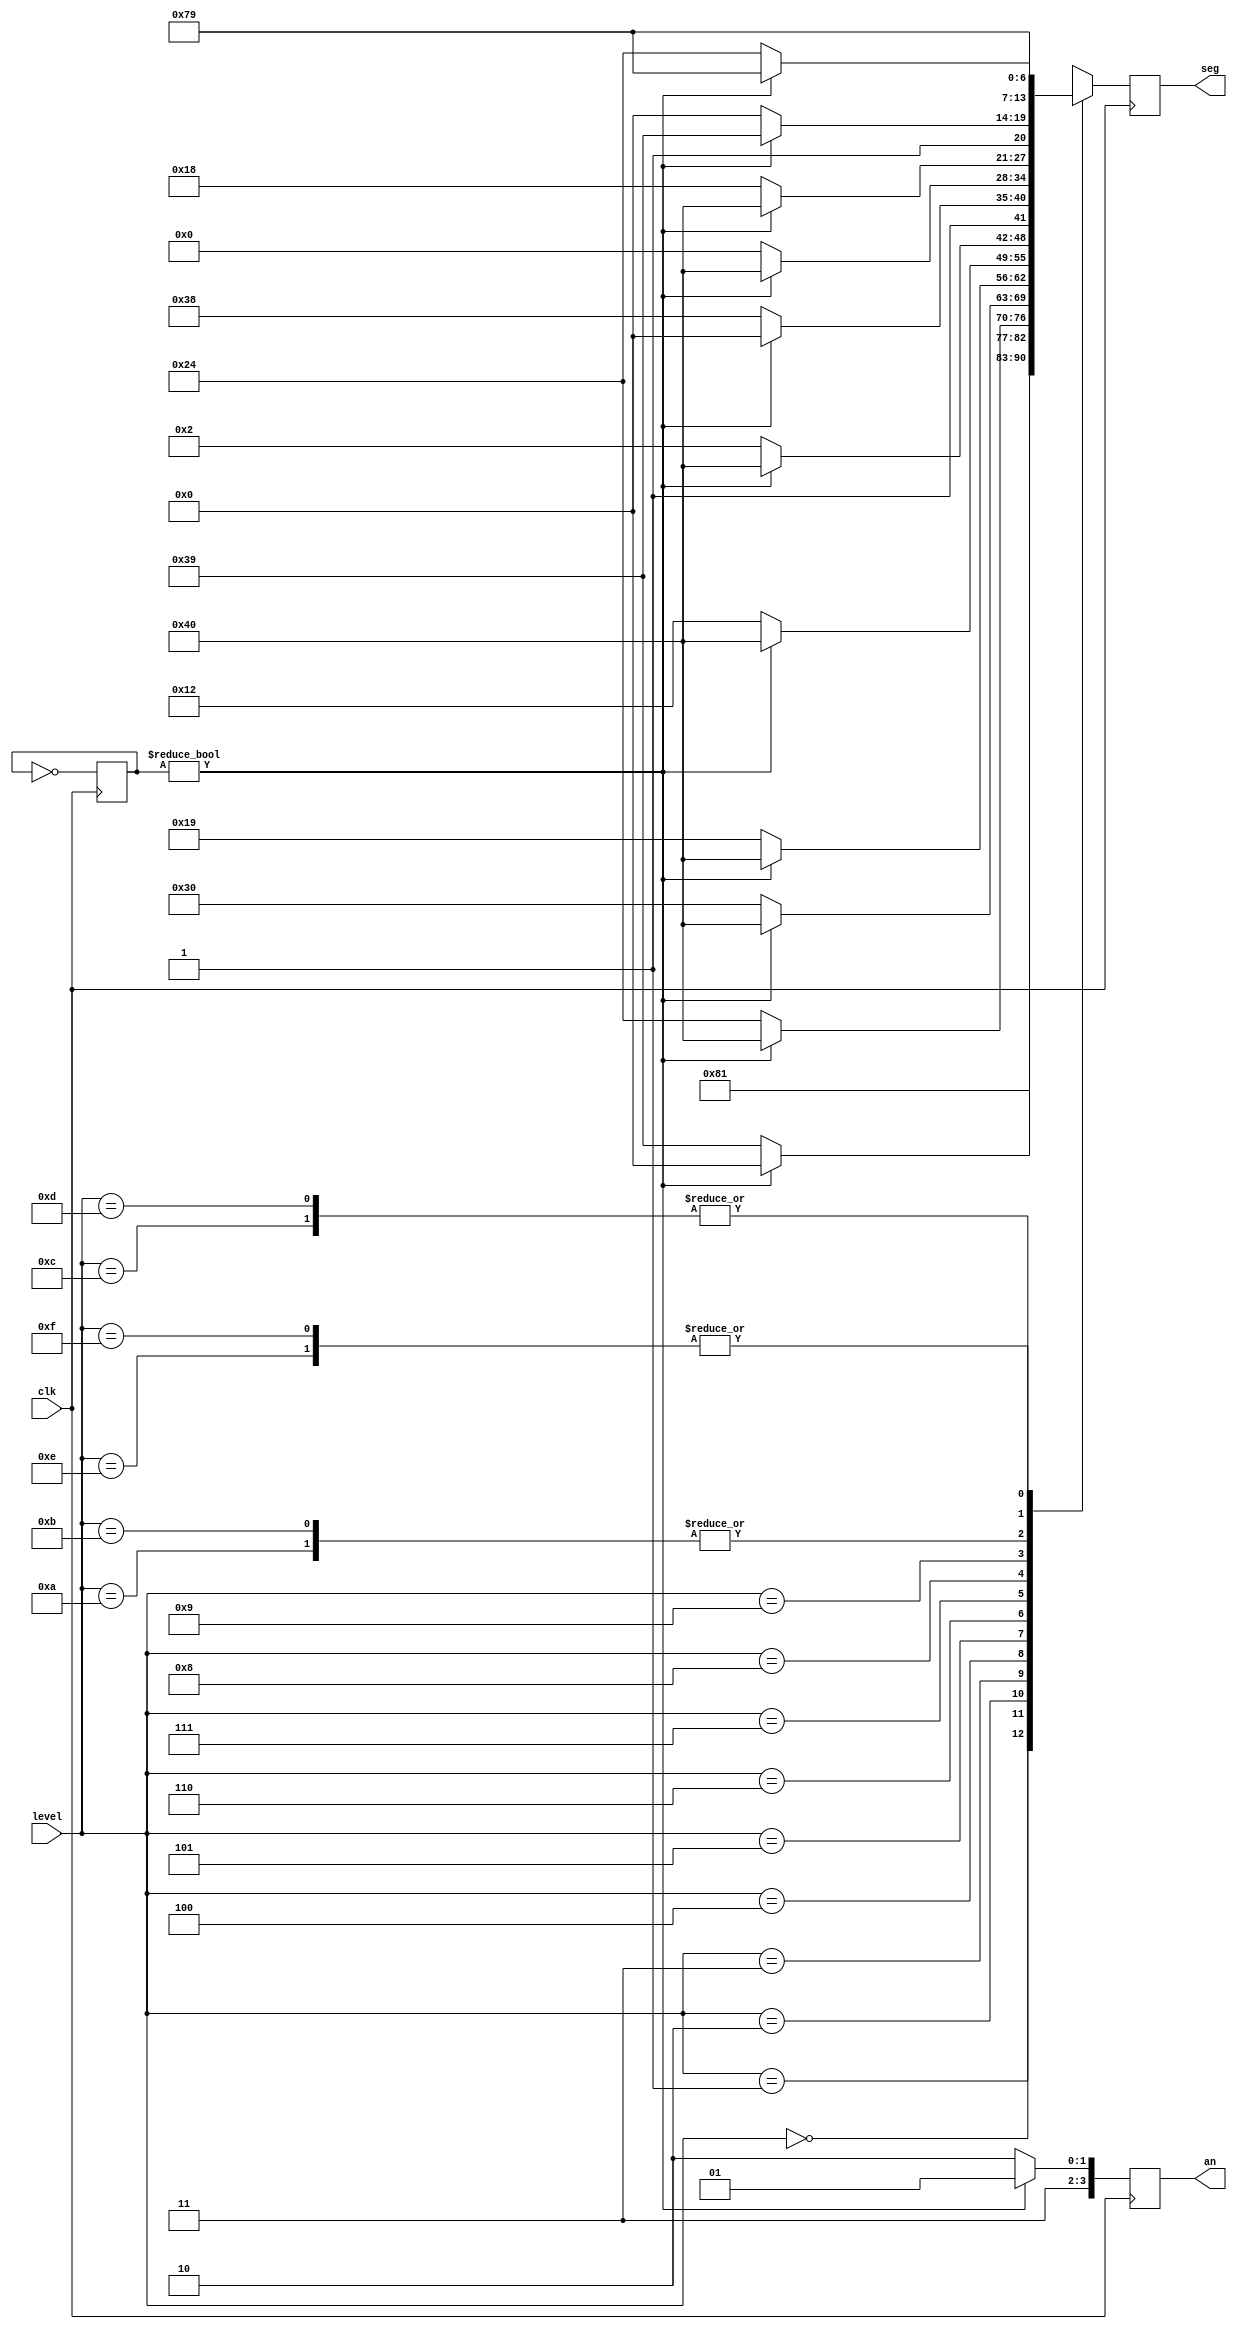
`timescale 1ns / 1ps
//////////////////////////////////////////////////////////////////////////////////
// Company: 
// Engineer: 
// 
// Design Name: 
// Module Name: sev_seg
// Project Name: 
// Target Devices: 
// Tool Versions: 
// Description: 
// 
// Dependencies: 
// 
// Revision:
// Revision 0.01 - File Created
// Additional Comments:
// 
//////////////////////////////////////////////////////////////////////////////////


module sev_seg(
    input [3:0] level,
    input clk,
    output reg [3:0] an,
    output reg [6:0] seg
    );
    
    parameter zero = 7'b1000000;
    parameter one = 7'b1111001;
    parameter two = 7'b0100100;
    parameter three = 7'b0110000;
    parameter four = 7'b0011001;
    parameter five = 7'b0010010;
    parameter six = 7'b0000010;
    parameter seven = 7'b1111000;
    parameter eight =  7'b0000000;
    parameter nine = 7'b0011000;
    
    
    reg [1:0] count;
    always @(posedge clk)begin
    count <= ~count;
    an <= (count)? 4'b1101 : 4'b1110;
    
    case(level)
    0: seg <= (count)? 7'b1000000 : 7'b1000000; 
    1: seg <= (count)? 7'b1000000 : one;
    2: seg <= (count)? 7'b1000000 : two;
    3: seg <= (count)? 7'b1000000 : three;
    4: seg <= (count)? 7'b1000000 : four;
    5: seg <= (count)? 7'b1000000 : five;
    6: seg <= (count)? 7'b1000000 : 7'b0000010;
    7: seg <= (count)? 7'b1000000 : 7'b1111000;
    8: seg <= (count)? 7'b1000000 : 7'b0000000;
    9: seg <= (count)? 7'b1000000 : 7'b0011000;
    10: seg <= (count)? one : 7'b1000000;
    11: seg <= (count)? one : 7'b1000000;
    12: seg <= (count)? one : one;
    13: seg <= (count)? one : one;
    14: seg <= (count)? one : two;
    15: seg <= (count)? one : two;
    endcase
    end
endmodule